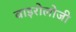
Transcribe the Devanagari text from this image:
वाइरोलोजी